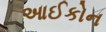
આઈકોન